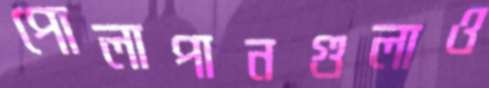
পোলাপানগুলাও